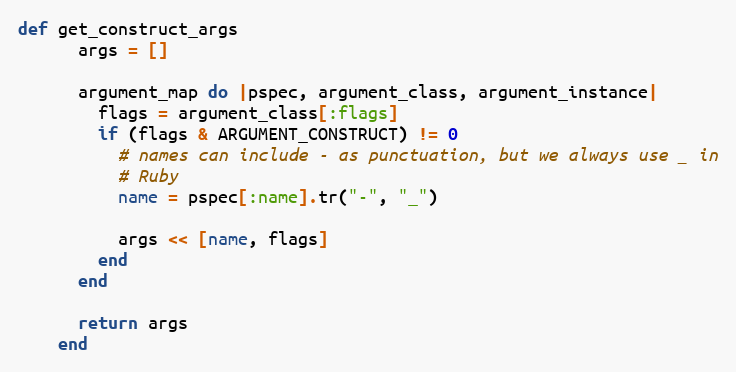
Language: Ruby
def get_construct_args
      args = []

      argument_map do |pspec, argument_class, argument_instance|
        flags = argument_class[:flags]
        if (flags & ARGUMENT_CONSTRUCT) != 0
          # names can include - as punctuation, but we always use _ in
          # Ruby
          name = pspec[:name].tr("-", "_")

          args << [name, flags]
        end
      end

      return args
    end